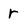
Character: r